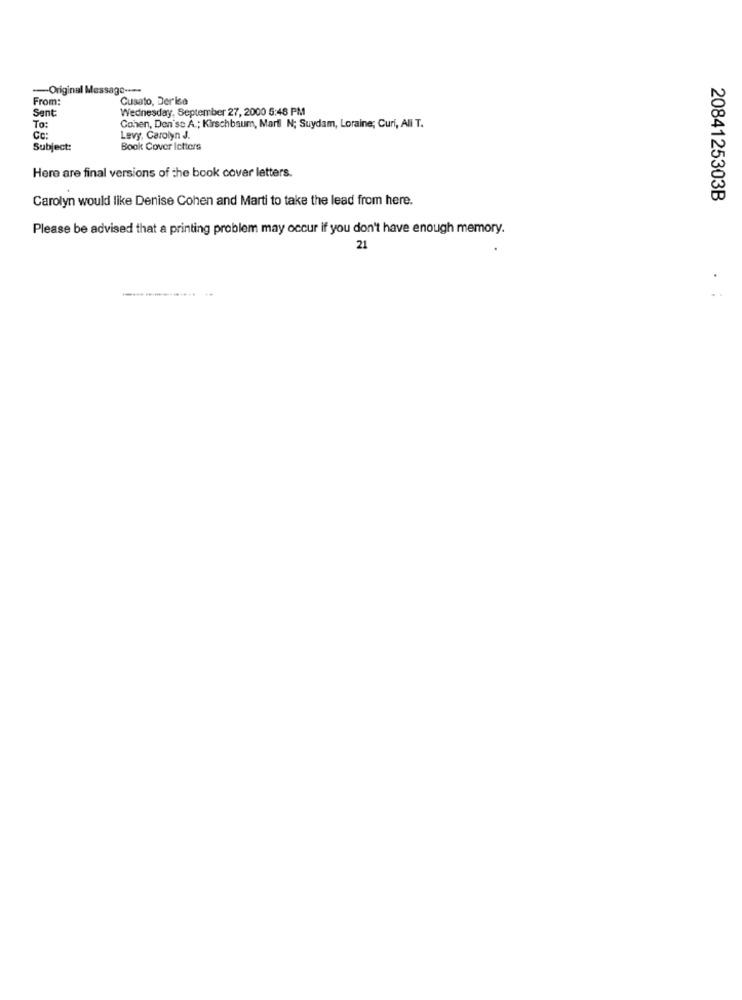
-Original Message ----
From:
Cusato, Derise
Sent:
Wednesday, September 27, 2000 5:48 PM
To:
Cohen, Den'se A .; Kirschbaum, Martl N; Suydam, Loraine; Curi, Ali T.
CC:
Lavy, Carolyn J.
Subject:
Book Cover letters
Here are final versions of the book cover letters.
Carolyn would like Denise Cohen and Marti to take the lead from here.
2084125303B
Please be advised that a printing problem may occur if you don't have enough memory.
21